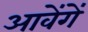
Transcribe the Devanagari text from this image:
आवेंगें